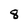
Character: 8